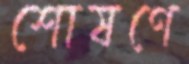
শোষণে